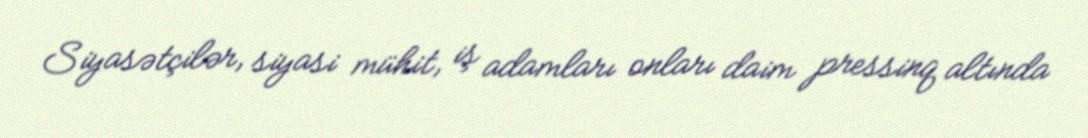
Siyasətçilər, siyasi mühit, iş adamları onları daim pressinq altında